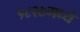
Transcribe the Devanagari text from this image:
१८२७मध्ये